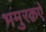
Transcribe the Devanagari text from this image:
भमुरक़ऐ